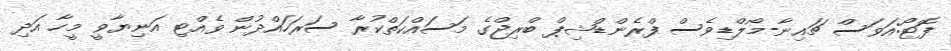
ފޮޓޯ:އަވަސް ޗައިނާ-މޯލްޑިވެސް ފްރެންޑްޝިޕް ބްރިޖްގެ މަސައްކަތްކުރާ ސަރަހައްދުން ވެއްޓި އަނިޔާވީ މީހާ އަދި